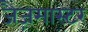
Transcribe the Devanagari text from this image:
जैज़मास्टर